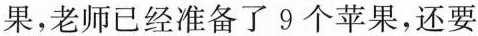
果，老师已经准备了9个苹果，还要